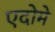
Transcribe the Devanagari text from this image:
एदोमे